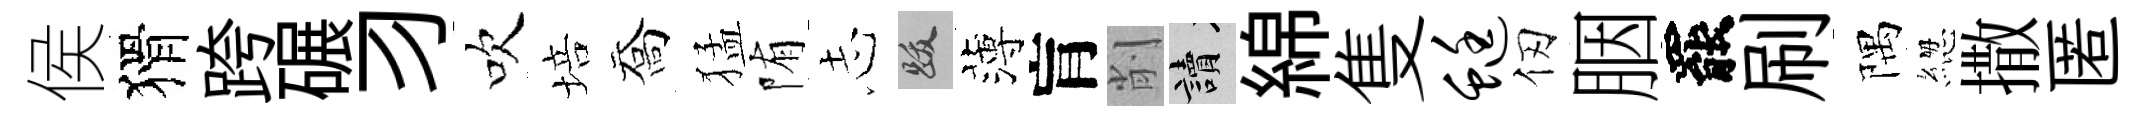
侯猾跨碾习吹培喬猛陏𢖽跋薄肓削讀綿隻蜓仞胭罷刷隅緫撒匿